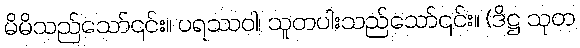
မိမိသည်သော်၎င်း။ ပရဿဝါ၊ သူတပါးသည်သော်၎င်း။ (ဒိဋ္ဌ သုတ